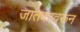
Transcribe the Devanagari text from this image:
जातकावरून